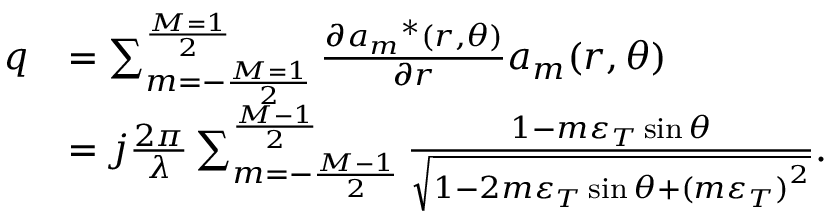
\begin{array} { r l } { q } & { = \sum _ { m = - \frac { { M = 1 } } { 2 } } ^ { \frac { { M = 1 } } { 2 } } { \frac { { \partial { a _ { m } } ^ { * } ( r , \theta ) } } { { \partial r } } { a _ { m } } ( r , \theta ) } } \\ & { = j \frac { { 2 \pi } } { \lambda } \sum _ { m = - \frac { { M - 1 } } { 2 } } ^ { \frac { { M - 1 } } { 2 } } { \frac { { 1 - m { \varepsilon _ { T } } \sin \theta } } { { \sqrt { 1 - 2 m { \varepsilon _ { T } } \sin \theta + { { ( m { \varepsilon _ { T } } ) } ^ { 2 } } } } } } . } \end{array}